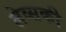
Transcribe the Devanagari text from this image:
लेव्‍सकी